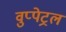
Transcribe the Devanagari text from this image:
वुप्‍पेट्रल